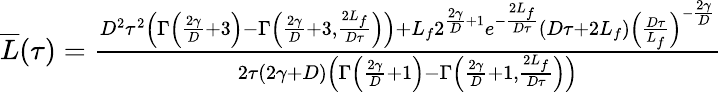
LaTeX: \begin{array}{r}{\overline{{L}}(\tau)=\frac{D^{2}\tau^{2}\left(\Gamma\left(\frac{2\gamma}{D}+3\right)-\Gamma\left(\frac{2\gamma}{D}+3,\frac{2L_{f}}{D\tau}\right)\right)+L_{f}2^{\frac{2\gamma}{D}+1}e^{-\frac{2L_{f}}{D\tau}}(D\tau+2L_{f})\left(\frac{D\tau}{L_{f}}\right)^{-\frac{2\gamma}{D}}}{2\tau(2\gamma+D)\left(\Gamma\left(\frac{2\gamma}{D}+1\right)-\Gamma\left(\frac{2\gamma}{D}+1,\frac{2L_{f}}{D\tau}\right)\right)}}\end{array}